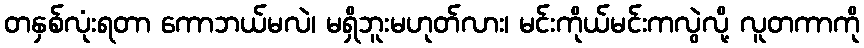
တနှစ်လုံးရတာ ကောဘယ်မလဲ၊ မရှိဘူးမဟုတ်လား၊ မင်းကိုယ်မင်းကလွဲလို့ လူတကာကို